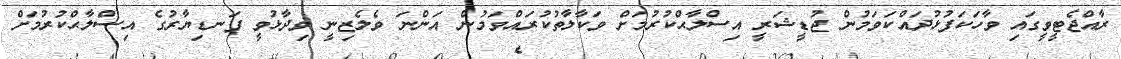
ރާއްޖެޓީވީގައި ވާހަކަފުޅުދައްކަވަމުން ޖުޑީޝަރީ އިސްލާޙްކުރުމަށް ވަކާލާތުކުރައްވަމުން އަންނަ ވެލެޒިނީ ވިދާޅުވީ ފަނޑިޔާރުގެ އިސްލާޙްކުރުމަށް